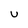
Character: U